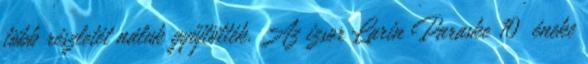
több részletét náluk gyűjtötték. Az izsor Larin Paraske 10 éneke